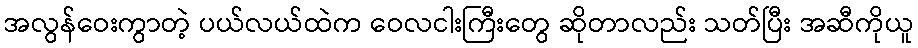
အလွန်ဝေးကွာတဲ့ ပယ်လယ်ထဲက ဝေလငါးကြီးတွေ ဆိုတာလည်း သတ်ပြီး အဆီကိုယူ